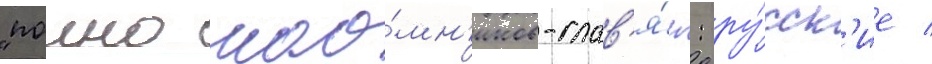
"полно нао́мн'иков-слав'я́н: ру́сск'ие /